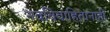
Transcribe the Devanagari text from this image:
नवविवाहितांनाही